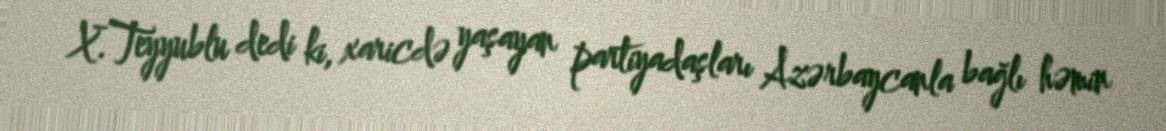
X.Teyyublu dedi ki, xaricdə yaşayan partiyadaşları Azərbaycanla bağlı həmin